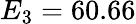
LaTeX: E_{3}=60.66